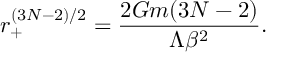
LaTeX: r _ { + } ^ { ( 3 N - 2 ) / 2 } = \frac { 2 G m ( 3 N - 2 ) } { \Lambda \beta ^ { 2 } } .